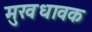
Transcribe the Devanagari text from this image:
मुखधावक